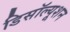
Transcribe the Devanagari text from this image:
डिसॉल्यूशन